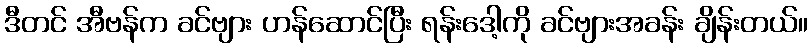
ဒီတင် အီဗန်က ခင်ဗျား ဟန်ဆောင်ပြီး ရန်းဒေါ့ကို ခင်ဗျားအခန်း ချိန်းတယ်။